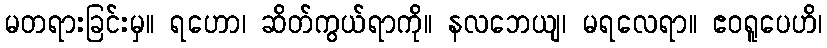
မတရားခြင်းမှ။ ရဟော၊ ဆိတ်ကွယ်ရာကို။ နလဘေယျ၊ မရလေရာ။ ဧဝရူပေဟိ၊